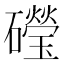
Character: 𥗏